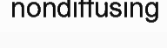
nondiffusing